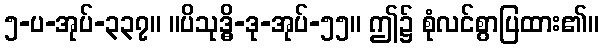
၅-ပ-အုပ်-၃၃၇။ ။ပိသုဒ္ဓိ-ဒု-အုပ်-၅၅။ ဤ၌ စုံလင်စွာပြထား၏။